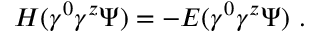
H ( \gamma ^ { 0 } \gamma ^ { z } \Psi ) = - E ( \gamma ^ { 0 } \gamma ^ { z } \Psi ) \ .